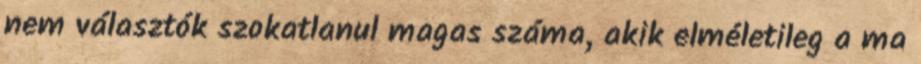
nem választók szokatlanul magas száma, akik elméletileg a ma